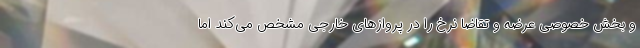
و بخش خصوصی عرضه و تقاضا نرخ را در پروازهای خارجی مشخص می‌کند اما